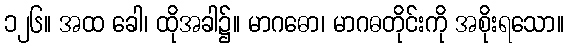
၁၂၆။ အထ ခေါ၊ ထိုအခါ၌။ မာဂဓော၊ မာဂဓတိုင်းကို အစိုးရသော။